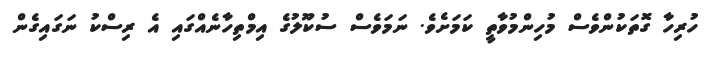
ހުރިހާ ގޮތަކުންވެސް މުހިންމުވާތީ ކަމަށެވެ. ނަމަވެސް ސުކޫލުގެ އިމްތިހާނެއްގައި އެ ރިސްކު ނަގައިގެން